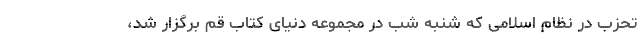
تحزب در نظام اسلامی که شنبه شب در مجموعه دنیای کتاب قم برگزار شد،